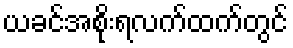
ယခင်အစိုးရလက်ထက်တွင်